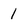
Character: 1